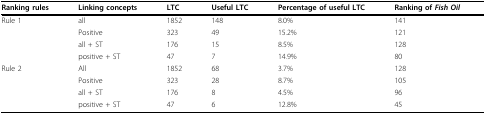
<table><thead><tr><td><b>Ranking rules</b></td><td><b>Linking concepts</b></td><td><b>LTC</b></td><td><b>Useful LTC</b></td><td><b>Percentage of useful LTC</b></td><td><b>Ranking of <i>Fish Oil</i></b></td></tr></thead><tbody><tr><td>Rule 1</td><td>all</td><td>1852</td><td>148</td><td>8.0%</td><td>141</td></tr><tr><td></td><td>Positive</td><td>323</td><td>49</td><td>15.2%</td><td>121</td></tr><tr><td></td><td>all + ST</td><td>176</td><td>15</td><td>8.5%</td><td>128</td></tr><tr><td></td><td>positive + ST</td><td>47</td><td>7</td><td>14.9%</td><td>80</td></tr><tr><td>Rule 2</td><td>All</td><td>1852</td><td>68</td><td>3.7%</td><td>128</td></tr><tr><td></td><td>Positive</td><td>323</td><td>28</td><td>8.7%</td><td>105</td></tr><tr><td></td><td>all + ST</td><td>176</td><td>8</td><td>4.5%</td><td>96</td></tr><tr><td></td><td>positive + ST</td><td>47</td><td>6</td><td>12.8%</td><td>45</td></tr></tbody></table>